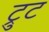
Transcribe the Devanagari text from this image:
ट्रुट